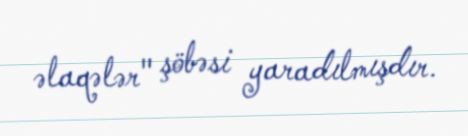
əlaqələr" şöbəsi yaradılmışdır.